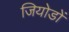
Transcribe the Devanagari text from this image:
जियोडों